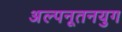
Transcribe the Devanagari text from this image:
अल्पनूतनयुग